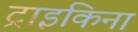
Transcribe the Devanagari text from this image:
ट्राइकिना